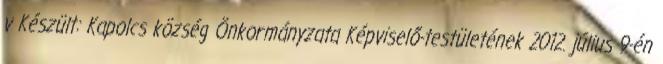
v Készült: Kapolcs község Önkormányzata Képviselő-testületének 2012. július 9-én